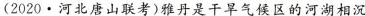
(2020.河北唐山联考)雅丹是干旱气候区的河湖相沉